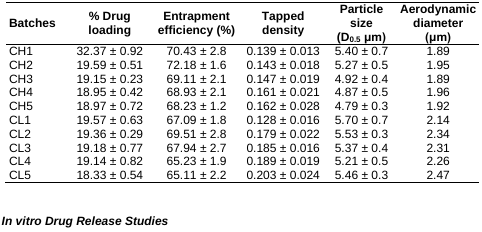
<table><thead><tr><td><b>Batches</b></td><td><b>% Drug loading</b></td><td><b>Entrapment efficiency (%)</b></td><td><b>Tapped density</b></td><td><b>Particle size (D<sub>0.5</sub> μm)</b></td><td><b>Aerodynamic diameter (μm)</b></td></tr></thead><tbody><tr><td>CH1</td><td>32.37 ± 0.92</td><td>70.43 ± 2.8</td><td>0.139 ± 0.013</td><td>5.40 ± 0.7</td><td>1.89</td></tr><tr><td>CH2</td><td>19.59 ± 0.51</td><td>72.18 ± 1.6</td><td>0.143 ± 0.018</td><td>5.27 ± 0.5</td><td>1.95</td></tr><tr><td>CH3</td><td>19.15 ± 0.23</td><td>69.11 ± 2.1</td><td>0.147 ± 0.019</td><td>4.92 ± 0.4</td><td>1.89</td></tr><tr><td>CH4</td><td>18.95 ± 0.42</td><td>68.93 ± 2.1</td><td>0.161 ± 0.021</td><td>4.87 ± 0.5</td><td>1.96</td></tr><tr><td>CH5</td><td>18.97 ± 0.72</td><td>68.23 ± 1.2</td><td>0.162 ± 0.028</td><td>4.79 ± 0.3</td><td>1.92</td></tr><tr><td>CL1</td><td>19.57 ± 0.63</td><td>67.09 ± 1.8</td><td>0.128 ± 0.016</td><td>5.70 ± 0.7</td><td>2.14</td></tr><tr><td>CL2</td><td>19.36 ± 0.29</td><td>69.51 ± 2.8</td><td>0.179 ± 0.022</td><td>5.53 ± 0.3</td><td>2.34</td></tr><tr><td>CL3</td><td>19.18 ± 0.77</td><td>67.94 ± 2.7</td><td>0.185 ± 0.016</td><td>5.37 ± 0.4</td><td>2.31</td></tr><tr><td>CL4</td><td>19.14 ± 0.82</td><td>65.23 ± 1.9</td><td>0.189 ± 0.019</td><td>5.21 ± 0.5</td><td>2.26</td></tr><tr><td>CL5</td><td>18.33 ± 0.54</td><td>65.11 ± 2.2</td><td>0.203 ± 0.024</td><td>5.46 ± 0.3</td><td>2.47</td></tr></tbody></table>